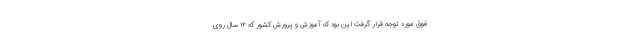
فوق مورد توجه قرار گرفت این بود که آموزش و پرورش کشور که ۱۲ سال روی